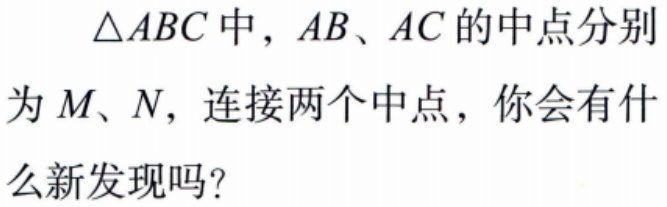
$\triangle ABC$中，$AB、AC$的中点分别为$M、N$，连接两个中点，你会有什么新发现吗？